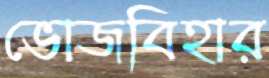
ভোজবিহার